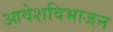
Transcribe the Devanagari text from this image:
आवेशविभाजन